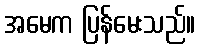
အမေက ပြန်မေးသည်။